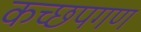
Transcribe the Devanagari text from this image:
कच्छपगण